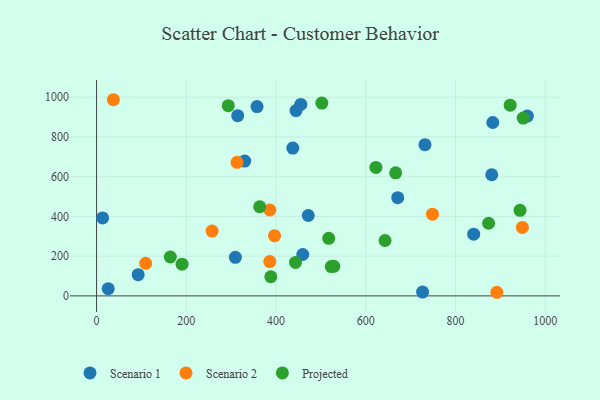
{"axis": {"x": "Study Hours", "y": "Yield"}, "legend": ["Projected", "Scenario 1", "Scenario 2"], "data": [{"x": "444.4", "y": 932.7, "type": "Scenario 1"}, {"x": "437.3", "y": 744.1, "type": "Scenario 1"}, {"x": "882.9", "y": 872.8, "type": "Scenario 1"}, {"x": "357.6", "y": 952.7, "type": "Scenario 1"}, {"x": "330.1", "y": 678.5, "type": "Scenario 1"}, {"x": "671.1", "y": 494.4, "type": "Scenario 1"}, {"x": "471.7", "y": 404.7, "type": "Scenario 1"}, {"x": "459.5", "y": 208.3, "type": "Scenario 1"}, {"x": "26.0", "y": 36.3, "type": "Scenario 1"}, {"x": "731.8", "y": 761.3, "type": "Scenario 1"}, {"x": "726.5", "y": 19.0, "type": "Scenario 1"}, {"x": "840.4", "y": 310.7, "type": "Scenario 1"}, {"x": "92.7", "y": 106.8, "type": "Scenario 1"}, {"x": "880.6", "y": 609.8, "type": "Scenario 1"}, {"x": "314.5", "y": 907.2, "type": "Scenario 1"}, {"x": "13.5", "y": 392.6, "type": "Scenario 1"}, {"x": "309.3", "y": 194.0, "type": "Scenario 1"}, {"x": "960.0", "y": 905.3, "type": "Scenario 1"}, {"x": "455.1", "y": 963.5, "type": "Scenario 1"}, {"x": "948.9", "y": 344.4, "type": "Scenario 2"}, {"x": "37.5", "y": 987.4, "type": "Scenario 2"}, {"x": "892.0", "y": 18.2, "type": "Scenario 2"}, {"x": "386.2", "y": 432.3, "type": "Scenario 2"}, {"x": "748.5", "y": 411.1, "type": "Scenario 2"}, {"x": "313.1", "y": 672.1, "type": "Scenario 2"}, {"x": "109.5", "y": 164.1, "type": "Scenario 2"}, {"x": "396.6", "y": 302.9, "type": "Scenario 2"}, {"x": "257.4", "y": 326.1, "type": "Scenario 2"}, {"x": "386.0", "y": 172.7, "type": "Scenario 2"}, {"x": "363.5", "y": 448.7, "type": "Projected"}, {"x": "293.5", "y": 957.4, "type": "Projected"}, {"x": "388.3", "y": 96.3, "type": "Projected"}, {"x": "943.6", "y": 430.5, "type": "Projected"}, {"x": "528.6", "y": 148.8, "type": "Projected"}, {"x": "523.0", "y": 147.5, "type": "Projected"}, {"x": "164.4", "y": 195.7, "type": "Projected"}, {"x": "873.6", "y": 365.6, "type": "Projected"}, {"x": "642.8", "y": 278.7, "type": "Projected"}, {"x": "950.7", "y": 895.2, "type": "Projected"}, {"x": "921.7", "y": 960.2, "type": "Projected"}, {"x": "517.3", "y": 289.7, "type": "Projected"}, {"x": "502.0", "y": 970.3, "type": "Projected"}, {"x": "190.5", "y": 159.7, "type": "Projected"}, {"x": "443.3", "y": 168.4, "type": "Projected"}, {"x": "622.5", "y": 646.8, "type": "Projected"}, {"x": "666.5", "y": 619.3, "type": "Projected"}]}